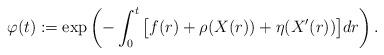
LaTeX: \begin{align*}\varphi(t):=\exp\left(-\int_0^t \big[f(r)+\rho(X(r))+\eta(X^{\prime}(r))\big]dr \right).\end{align*}